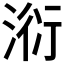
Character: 𣶹